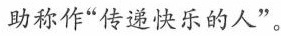
助称作“传递快乐的人”。